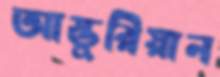
আস্তুরিয়ান